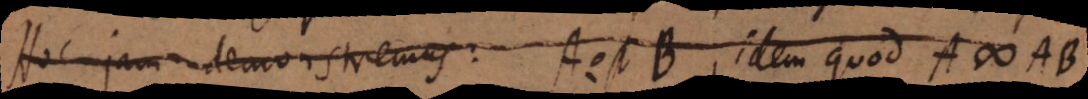
Hoc jam demonstremus: A est B, idem quod A # AB.